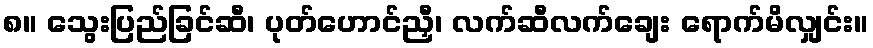
၈။ သွေးပြည်ခြင်ဆီ၊ ပုတ်ဟောင်ညှီ၊ လက်ဆီလက်ချေး ရောက်မိလျှင်း။